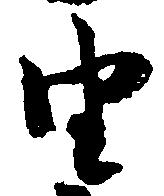
由